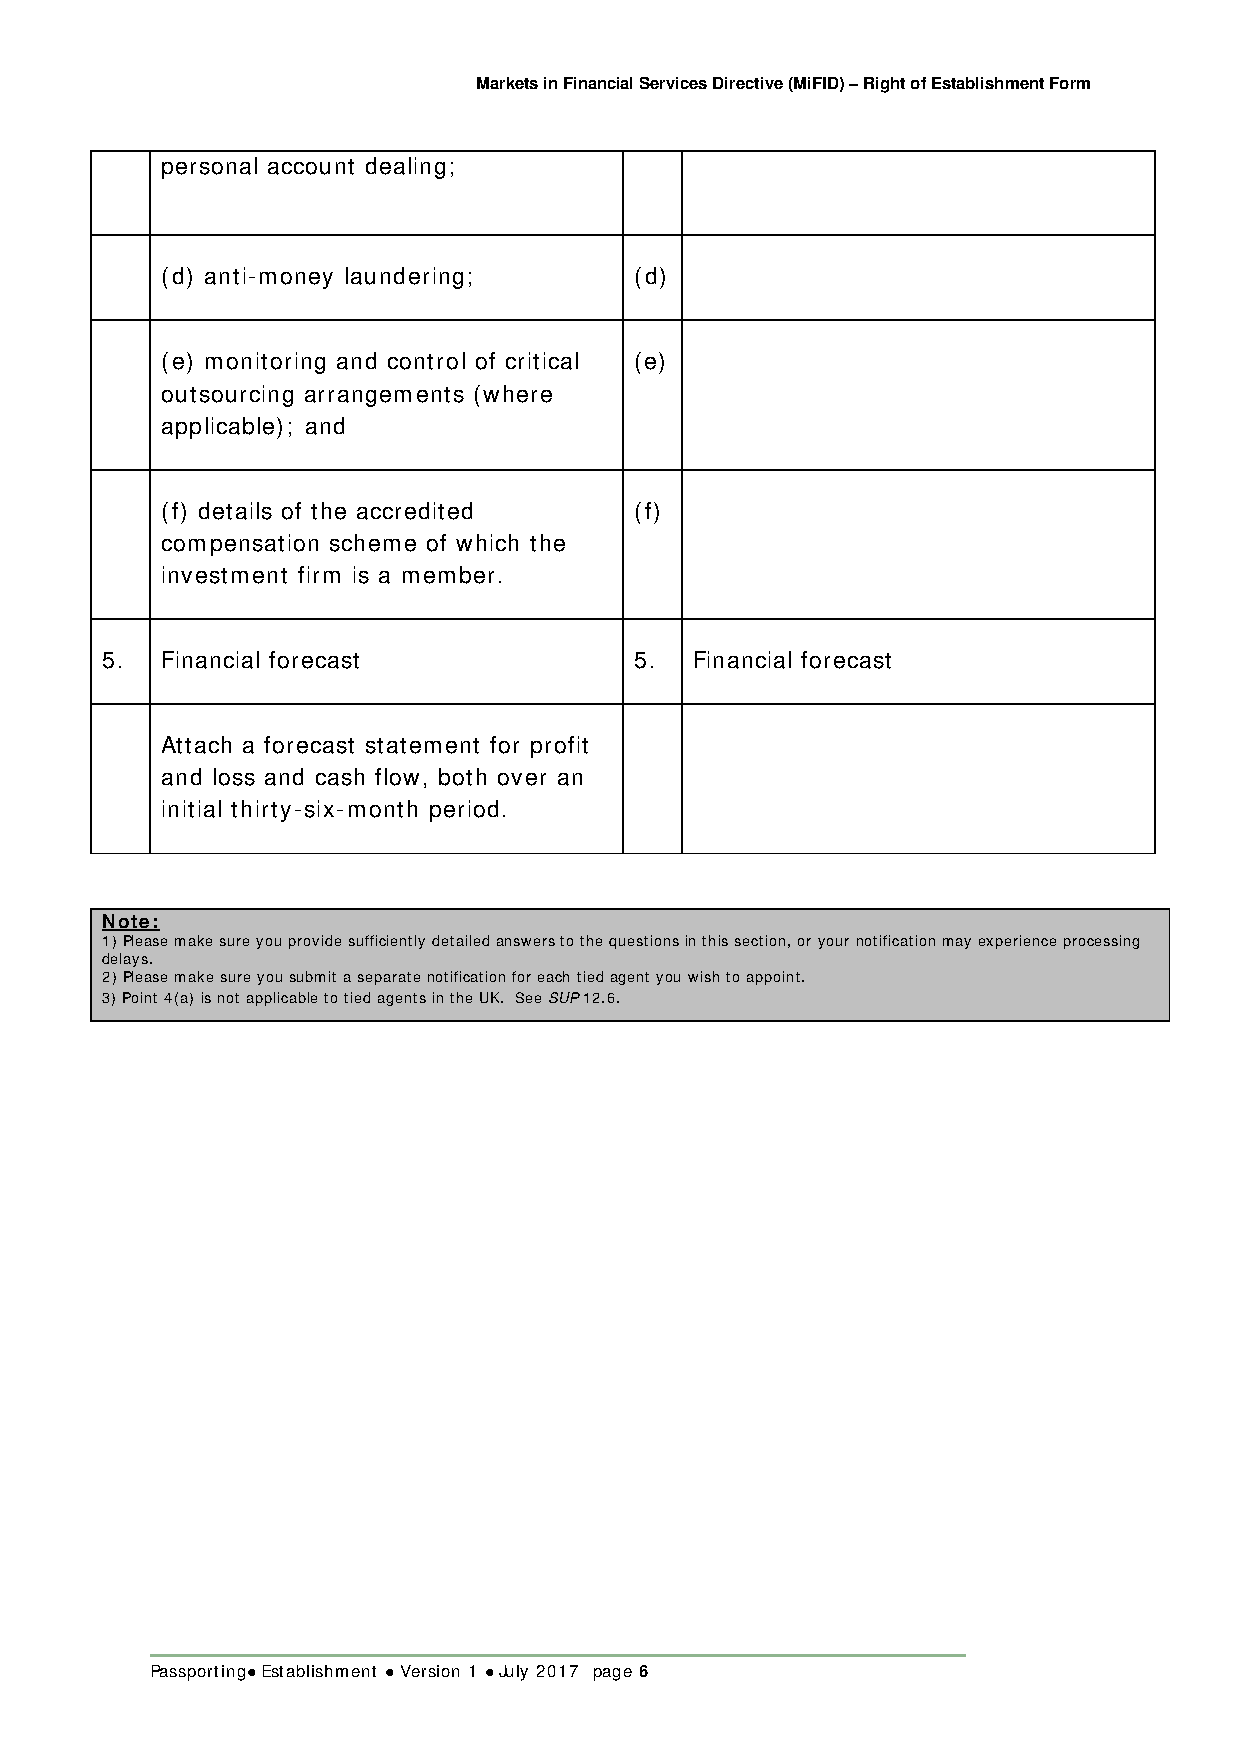
Markets in Financial Services Directive (MiFID) – Right of Establishment Form
 personal account dealing;
 (d) anti-money laundering;     (d)
 (e) monitoring and control of critical (e)
 outsourcing arrangements (where
 applicable); and
 (f) details of the accredited  (f)
 compensation scheme of which the
 investment firm is a member.
 5.  Financial forecast             5.  Financial forecast
 Attach a forecast statement for profit
 and loss and cash flow, both over an
 initial thirty-six-month period.
 Note:
 1) Please make sure you provide sufficiently detailed answers to the questions in this section, or your notification may experience processing
 delays.
 2) Please make sure you submit a separate notification for each tied agent you wish to appoint.
 3) Point 4(a) is not applicable to tied agents in the UK. See SUP 12.6.
 Passporting Establishment  Version 1  July 2017 page 6